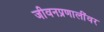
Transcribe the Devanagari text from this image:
जीवनप्रणालींवर